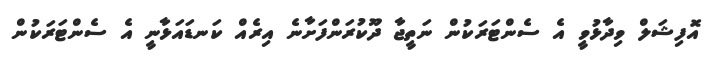
އޮފިޝަލް ވިދާޅުވީ އެ ސެންޓަރަކުން ނަތީޖާ ދޫކުރަންފަށާނެ އިރެއް ކަނޑައަޅާނީ އެ ސެންޓަރަކުން